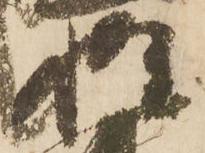
惶